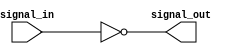
module RTL_inverter (
    input wire signal_in,
    output wire signal_out
);

assign signal_out = ~signal_in;

endmodule